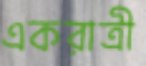
একরাত্রী